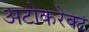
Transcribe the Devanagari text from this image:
अटोकरेक्ट